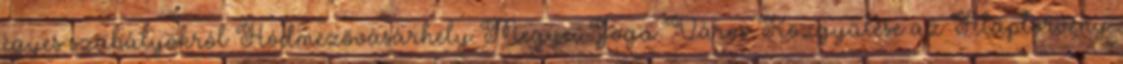
egyes szabályokról Hódmezővásárhely Megyei Jogú Város Közgyűlése az Alaptörvény